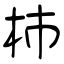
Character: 杮